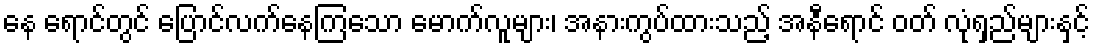
နေ ရောင်တွင် ပြောင်လက်နေကြသော မောက်လူများ၊ အနားကွပ်ထားသည့် အနီရောင် ဝတ် လုံရှည်များနှင့်